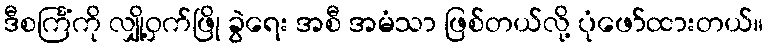
ဒီစင်္ကြံကို လျှို့ဝှက်ဖြို ခွဲရေး အစီ အမံသာ ဖြစ်တယ်လို့ ပုံဖော်ထားတယ်။